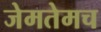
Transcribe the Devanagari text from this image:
जेमतेमच